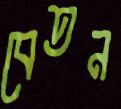
বেতন